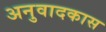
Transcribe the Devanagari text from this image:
अनुवादकास